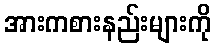
အားကစားနည်းများကို